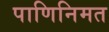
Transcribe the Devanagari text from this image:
पाणिनिमत